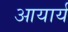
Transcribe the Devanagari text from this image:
आयार्य